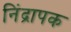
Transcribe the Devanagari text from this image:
निंद्रापक